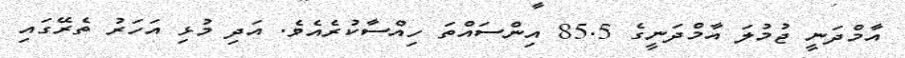
އާމްދަނީ ޖުމުލަ އާމްދަނީގެ 85.5 އިންސައްތަ ހިއްސާކުރެއެވެ. އަދި މުޅި އަހަރު ތެރޭގައި